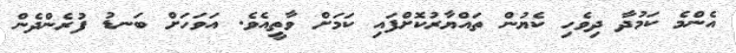
އެންމެ ކަމުދާ ދިވެހި ކެޔުން ތައްޔާރުކޮށްފައި ކަމަށް ވާތީއެވެ. އަވަހަށް ބަނޑު ފުރެންދެން